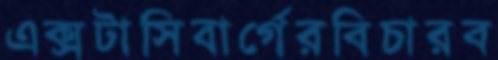
এক্সটাসিবার্গেরবিচারব